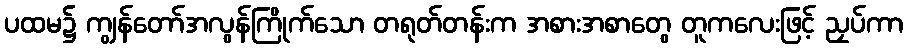
ပထမ၌ ကျွန်တော်အလွန်ကြိုက်သော တရုတ်တန်းက အစားအစာတွေ တူကလေးဖြင့် ညှပ်ကာ